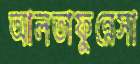
আলতাফুন্নেসা